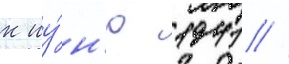
к иу́н'ю 1941 //